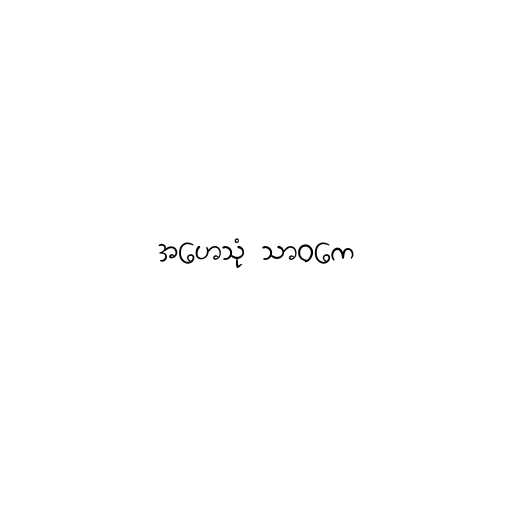
အဟေသုံ သာဝကေ